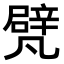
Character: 𠙮